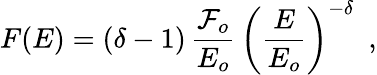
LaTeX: F(E)=(\delta-1)\, \frac{{\cal F}_{o}}{E_{o}}\, \left(\frac{E}{E_{o}}\right)^{-\delta}\, \, \, ,